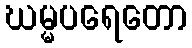
ဃမ္မပရေတော